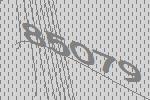
85079